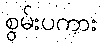
စွမ်းပကား